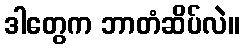
ဒါတွေက ဘာတံဆိပ်လဲ။